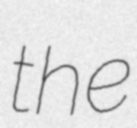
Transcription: the